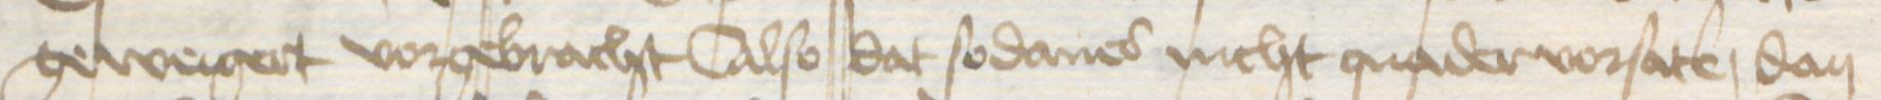
geweigert vorgebracht Also dat sodanes nicht quader vorsate, dan